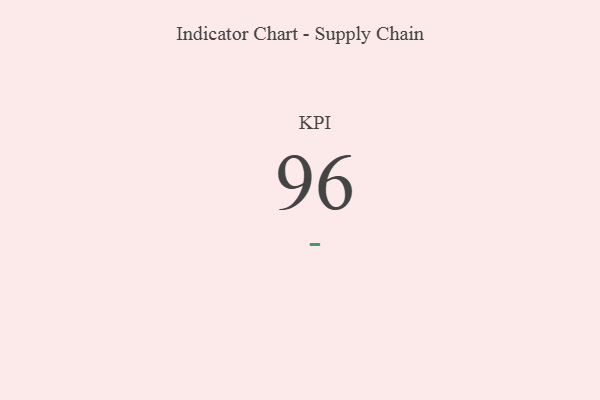
{"axis": {"x": "KPI", "y": "Value"}, "legend": [""], "data": [{"x": "KPI", "y": 96, "type": ""}]}